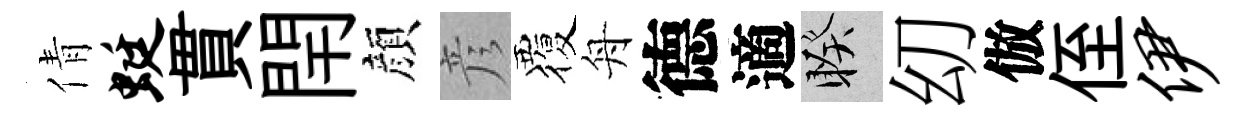
倩蜓貫閈顔彦覆舟德適睽㓜倣侄伊